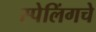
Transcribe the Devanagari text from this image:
स्पेलिंगचे